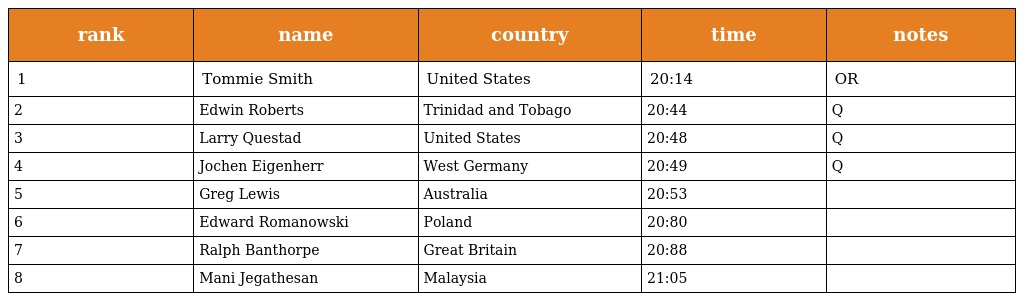
| rank | name | country | time | notes |
 | --- | --- | --- | --- | --- |
 | 1 | Tommie Smith | United States | 20:14 | OR |
 | 2 | Edwin Roberts | Trinidad and Tobago | 20:44 | Q |
 | 3 | Larry Questad | United States | 20:48 | Q |
 | 4 | Jochen Eigenherr | West Germany | 20:49 | Q |
 | 5 | Greg Lewis | Australia | 20:53 |  |
 | 6 | Edward Romanowski | Poland | 20:80 |  |
 | 7 | Ralph Banthorpe | Great Britain | 20:88 |  |
 | 8 | Mani Jegathesan | Malaysia | 21:05 |  |